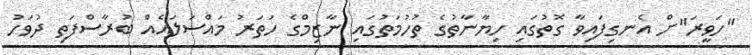
"ހަވީރަ"ށް އެނގިފައިވާ ގޮތުގައި ހިޔާނާތުގެ ތުހުމަތުގައި ނާޒިމްގެ ހަތަރު މައްސަލައެއް ބުރާސްފަތި ދުވަހު